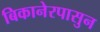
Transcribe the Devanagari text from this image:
बिकानेरपासुन